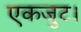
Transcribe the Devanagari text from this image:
एकजुट।